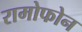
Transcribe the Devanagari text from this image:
रामोफोन